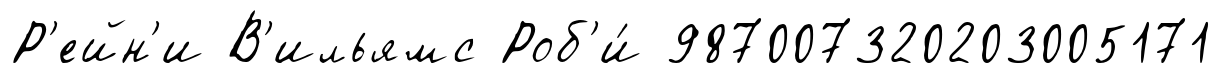
Р'ейн'и В'ильямс Роб'и́ 987007320203005171